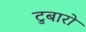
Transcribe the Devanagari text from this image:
टुबारो